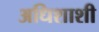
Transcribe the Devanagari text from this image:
अधिशाशी